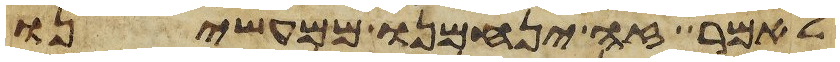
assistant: לאמר זה ינחמנו ממעשינו